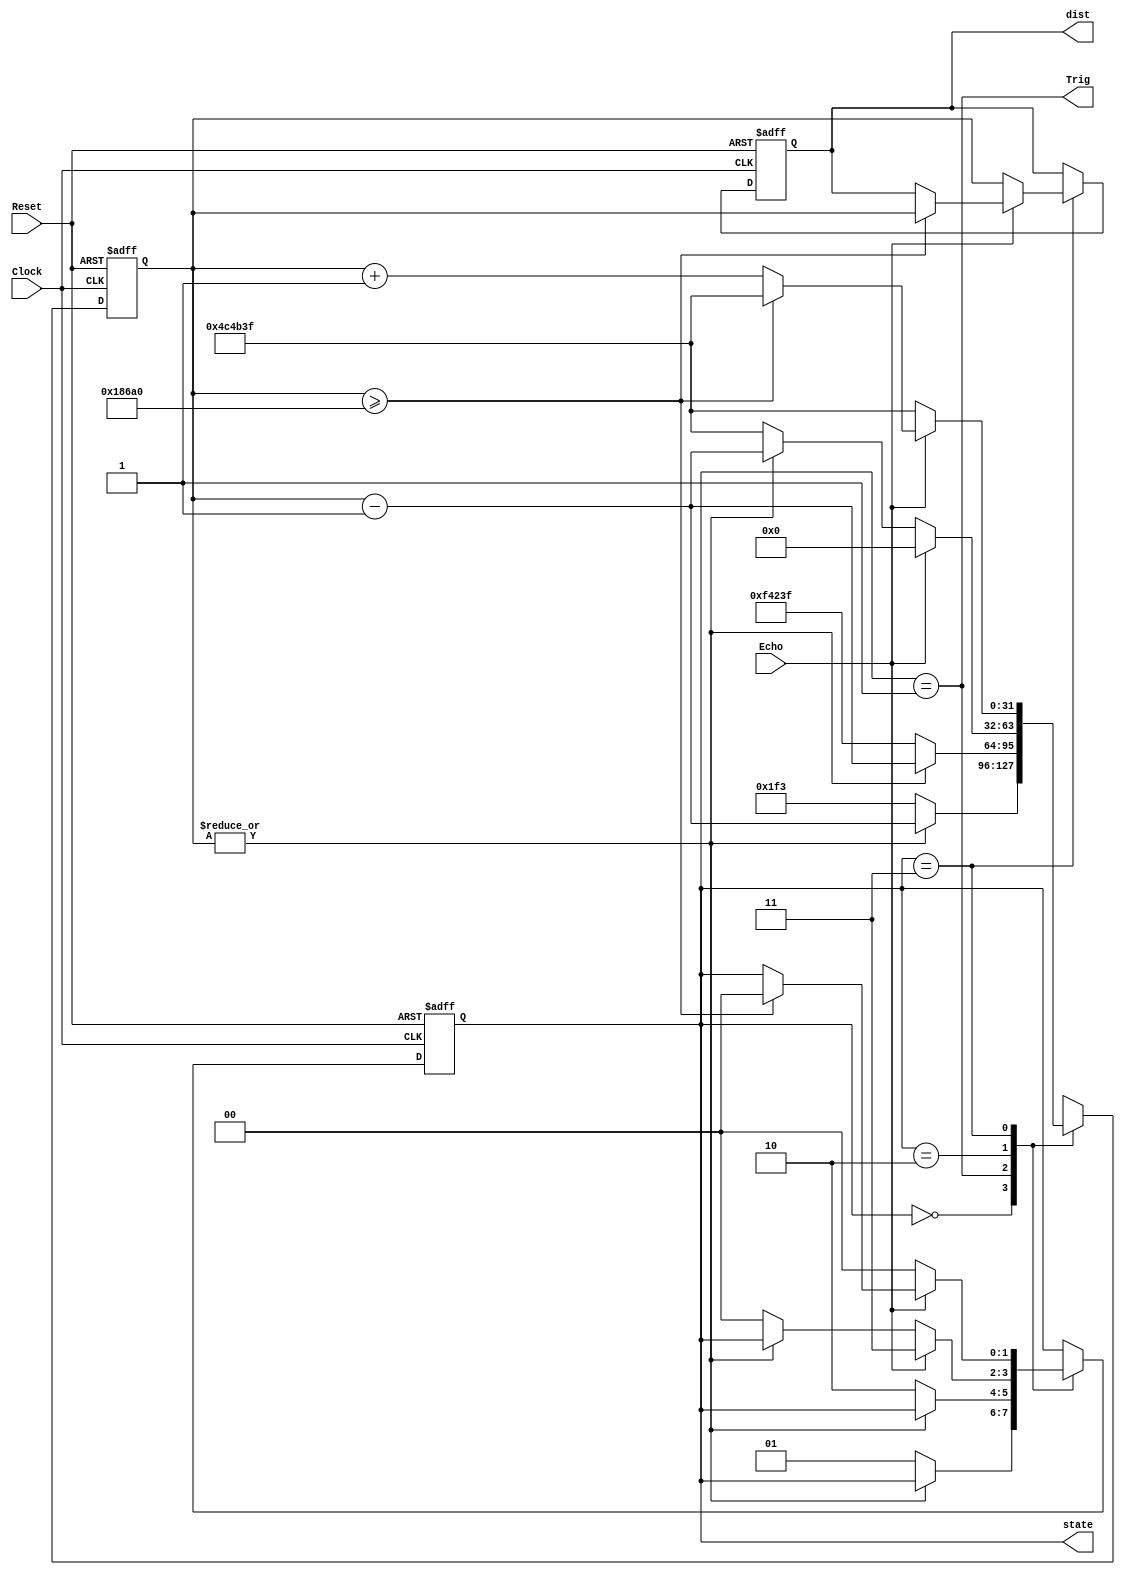
`default_nettype none
module Ultrasonic(
   input Clock,
   input Reset,
`ifndef SIMULATION
   output reg [1:0] state,
`endif
   output reg [31:0] dist,
   output Trig,
   input Echo);
`ifdef SIMULATION
   parameter TTRIG = 5;
   parameter TWAIT = 100;
   parameter TIDLE = 20;
   parameter MAX_COUNT = 1000;
`else
   parameter TTRIG = 500;
   parameter TWAIT = 1000000;
   parameter TIDLE = 5000000;
   parameter MAX_COUNT = 100000;
`endif

   localparam S_IDLE = 2'h0;
   localparam S_TRIG = 2'h1;
   localparam S_WAIT = 2'h2;
   localparam S_MEAS = 2'h3;

`ifdef SIMULATION
   reg [1:0] state;
`endif

   assign Trig = (state == S_TRIG);

   reg [31:0] count;
   always @(posedge Clock, negedge Reset)
      if (~Reset)
         begin
            count <= TIDLE - 1;
            dist <= 0;
            state <= S_IDLE;
         end
      else
         case (state)
            S_IDLE:
               if (~|count)
                  begin
                     state <= S_TRIG;
                     count <= TTRIG - 1;
                  end
               else
                  count <= count - 1;
            S_TRIG:
               if (~|count)
                  begin
                     state <= S_WAIT;
                     count <= TWAIT - 1;
                  end
               else
                  count <= count - 1;
            S_WAIT:
               if (Echo)
                  begin
                     count <= 0;
                     state <= S_MEAS;
                  end
               else if (~|count)
                  begin
                     state <= S_IDLE;
                     count <= TIDLE - 1;
                  end
               else
                  count <= count - 1;
            S_MEAS:
               if (~Echo)
                  begin
                     dist <= count;
                     count <= TIDLE - 1;
                     state <= S_IDLE;
                  end
               else if (count >= MAX_COUNT)
                  begin
                     dist <= count;
                     count <= TIDLE - 1;
                     state <= S_IDLE;
                  end
               else
                  count <= count + 1;
         endcase

endmodule